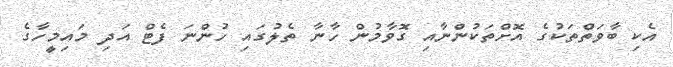
އެކި ބާވަތްތަކުގެ އޮށްތަކުންނާއި ގޮވާމުން ހާނާ ތެލުގައި ހުންނަ ފެޓް އަދި މައިމީހާގެ